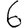
Digit: 6